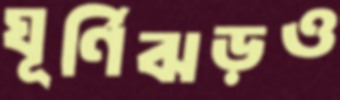
ঘূর্ণিঝড়ও